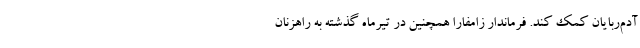
آدم‌ربایان کمک کند. فرماندار زامفارا همچنین در تیرماه گذشته به راهزنان